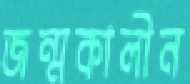
জন্মকালীন